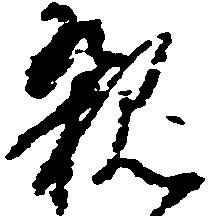
親